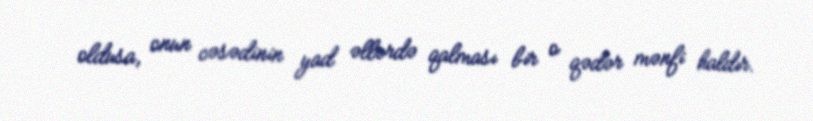
oldusa, onun cəsədinin yad əllərdə qalması bir o qədər mənfi haldır.